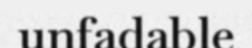
unfadable